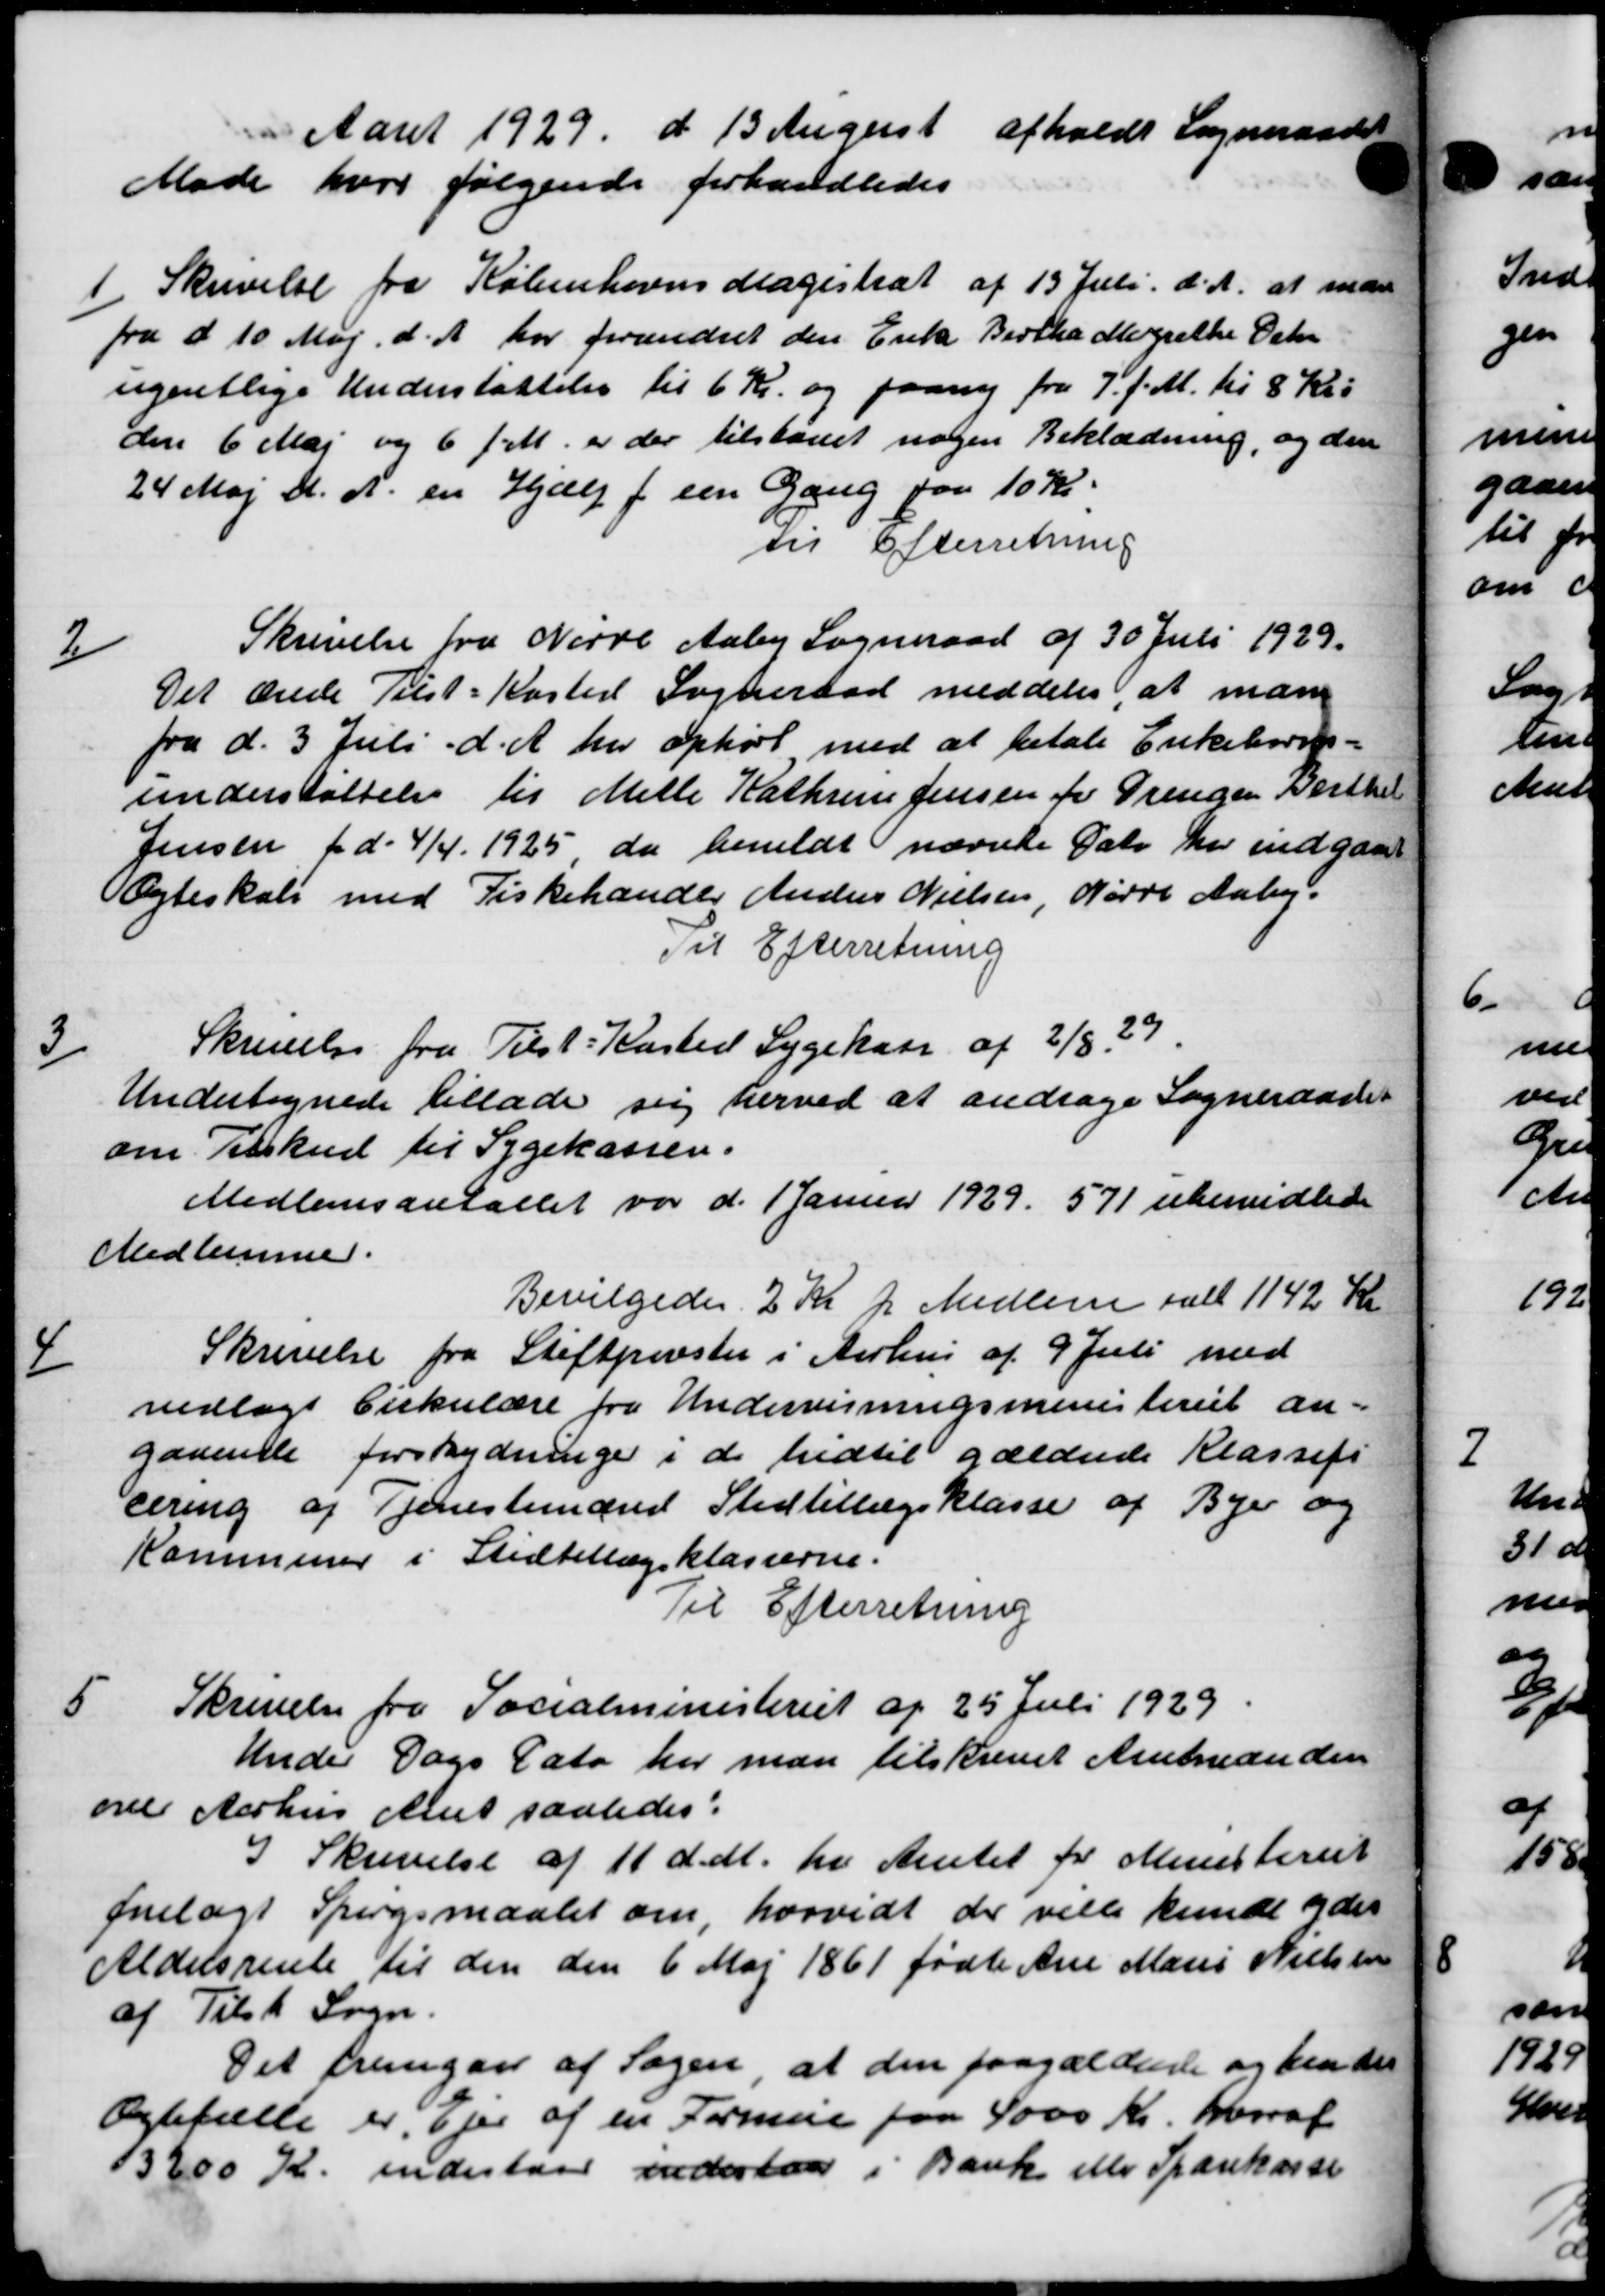
Transskription:
Aaret 1929 d 13 August afholdt Sogneraad
Møde hvor følgende forhandledes
1
Skrivelse fra Københavns Magistrat af 13 Juli d. A. at inden
fra d 10 Maj d. A. har forandret den Enke Bertha Margrethe Octr
ugentlige Understøttelse til 6 Kr. og paany fra 7' f. M. til 8 Kr.
den 6 Maj og 6 f. M. er der tilstaaet nogen Beklædning, og den
24 Maj d. A. en Hjælp f. een Gang paa 10 Kr.
Til Efterretning
2
Skrivelse fra Nørre Aaby Sogneraad af 30 Juli 1929.
Det ærede Tilst-Kasted Sogneraad meddeles, at man
fra d. 3 Juli d. A. har ophørt med at betale Enkebørns-
understøttelse til Mette Kathrine Jensen for Drengen Berthel
Jensen for d. 4/4 1925 da bemeldt nævnte Dato her indgaae
Ægteskab med Fiskehandler Anders Nielsen, Nørre Aaby.
Til Efterretning
3
Skrivelse fra Tilst Kasted Sygekasse af 2/8 29
Undertegnede tillade sig herved at andrage Sogneraade
om Tilskud til Sygekassen.
Medlemsantallet var d. 1 Januar 1929. 571 ubemidlede
Medlemme.
Bevilgedes 2 Kr pr Medlem ialt 1142 Kr
4
Skrivelse fra Stiftpevster i Aarhus af 9 Juli med
vedlagt Cirkulære fra Undervisningsministeriet an-
gaaende forskydninger i de hidtil gældende Klassefi
cering af Tjenestemand Stedtillægsklasse af Byer og
Kommuner i Stidtillægsklasserne.
Til Efterretning
5
Skrivelse fra Socialministeriet af 25 Juli 1929
Under Dags Dato her man tilskrevet Amtmanden
over Aarhus Amt saaledes:
I Skrivelse af 11 d. M. fra Amtet for Ministeriet
forelagt Spørgsmaalet om, horvidt der ville kunde ydes
Aldersrente til den den 6 Maj 1861 fødte Ane Marie Nielsen
af Tilsk Sogn.
Det fremgaa af Sagen at den paagældende og hende
Ægtefælle er Ejer af en Formue paa 4000 Kr. hvoraf
3200 Kr. indestaar indestaa i Bank eller Sparekasse